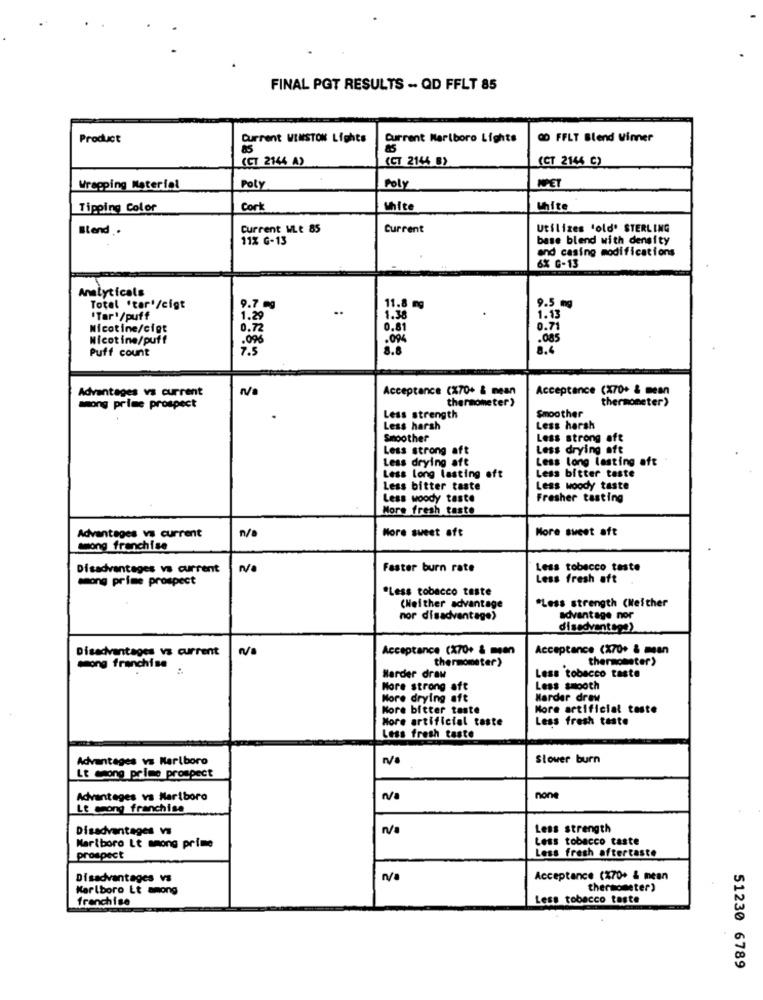
FINAL PGT RESULTS -. QD FFLT 85
Product
Current WINSTON Lights
Current Marlboro Lights
OD FFLT Blend Winner
85
(CT 2144 A)
(CT 2144 B)
(CT 2144 C)
Wrapping Material
Poly
Poly
MET
Tipping Color
Cort
White
White
Blend ..
Current WLt 85
Current
Utilizes 'old' STERLING
11% G-13
base blend with density
and casing modifications
6X G-13
Analyticals
1.8 mg
9.5 mg
Total 'tar'/cigt
9.7 mg
"Tar'/puff
1.29
1.30
1.13
Nicotine/cigt
0.72
0.7
Nicotine/puff
.085
Puff count
8.6
Advantages vs current
n/a
Acceptance (X70+ & mean
Acceptance (X70+ & mean
thermometer)
thermometer>
among prime prospect
Less strength
Smoother
Less harsh
Less harsh
Smoother
Less strong aft
Less strong aft
Less drying oft
Less drying aft
Less long lasting oft
Less long lasting oft
Less bitter taste
Less bitter taste
Less woody taste
Less woody taste
Fresher tasting
More fresh taste
n/a
More sweet oft
More sweet aft
Advantages vs current
among franchise
Disadvantages vs current
Faster burn rate
Less tobacco taste
among prime prospect
Less fresh aft
"Less tobacco taste
"Less strength (Neither
(Neither advantage
nor disadvantage)
advantage nor
disadvantage)
Disadvantages vs current
NO
Acceptance (X70+ & mean
Acceptance (X70+ & mean
thermometer)
thermometer)
among franchise ..
Less tobacco taste
Harder draw
More strong aft
Less smooth
More drying aft
Harder draw
Kore bitter taste
More artificial teste
More artificial taste
Less fresh taste
Less fresh taste
Advantages vs Marlboro
Slower burn
Lt csong prime prospect
Advantages va Marlboro
N/a
none
Lt moong franchise
Disadvantages vs
/a
Less strength
Less tobacco taste
Marlboro Lt mmong prime
Less fresh aftertaste
prospect
Disadvantages vs
n/a
Acceptance (270+ & mean
Karlboro Lt among
thermometer)
franchise
Less tobacco taste
51230 6789